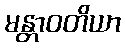
မန္တာဝတိယာ